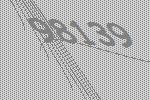
98139